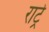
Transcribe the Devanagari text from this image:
राट्रे